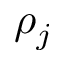
\rho _ { j }